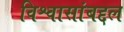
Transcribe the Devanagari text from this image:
विश्वासांबद्दल